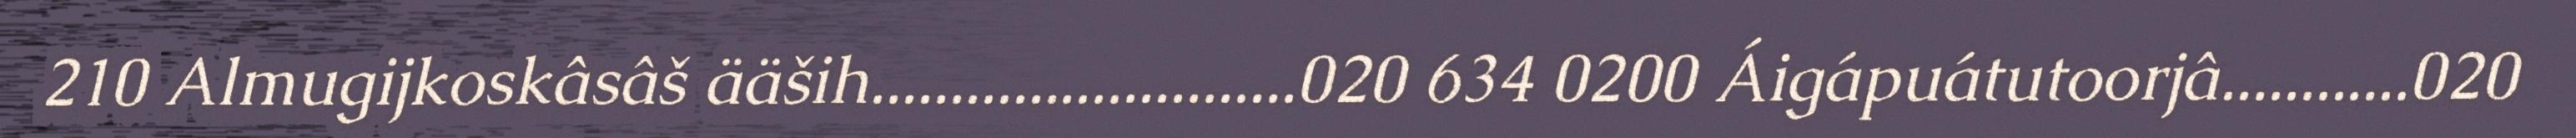
210 Almugijkoskâsâš ääših...........................020 634 0200 Áigápuátutoorjâ............020